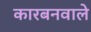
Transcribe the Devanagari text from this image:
कारबनवाले